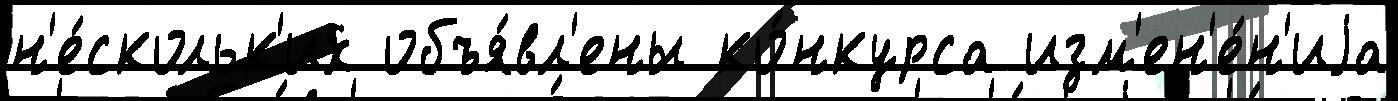
н'е́скольк'их объя́вл'ены ко́нкурса изм'ен'е́н'иjа